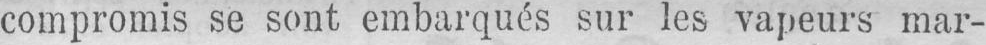
compromis se sont embarqués sur les vapeurs mar-